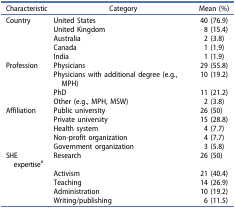
| Characteristic | Category | Mean (%) |
 | --- | --- | --- |
 | Country | United States | 40 (76.9) |
 |  | United Kingdom | 8 (15.4) |
 |  | Australia | 2 (3.8) |
 |  | Canada | 1 (1.9) |
 |  | India | 1 (1.9) |
 | Profession | Physicians | 29 (55.8) |
 |  | Physicians with additional degree (e.g., MPH) | 10 (19.2) |
 |  | PhD | 11 (21.2) |
 |  | Other (e.g., MPH, MSW) | 2 (3.8) |
 | Affiliation | Public university | 26 (50) |
 |  | Private university | 15 (28.8) |
 |  | Health system | 4 (7.7) |
 |  | Non-profit organization | 4 (7.7) |
 |  | Government organization | 3 (5.8) |
 | SHE expertisea | Research | 26 (50) |
 |  | Activism | 21 (40.4) |
 |  | Teaching | 14 (26.9) |
 |  | Administration | 10 (19.2) |
 |  | Writing/publishing | 6 (11.5) |